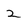
Character: 2